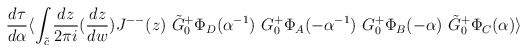
\begin{align*}\frac{d\tau}{d\alpha}\langle\int_{\tilde c}\frac{dz}{2\pi i}(\frac{dz}{dw}) J^{--}(z)~\tilde G^+_0\Phi_D(\alpha^{-1})~ G^+_0\Phi_A(-\alpha^{-1})~G^+_0\Phi_B(-\alpha)~ \tilde G^+_0\Phi_C(\alpha) \rangle\end{align*}